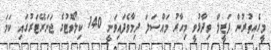
މީގެއިތުރުން ފަޒީލް ވިދާޅުވީ މިހާރު މައްސަލަ ދިމާވެފައިވަނީ 140 ކިލޯވޮޓުގެ ޖަނަރޭޓަރުގައި ކަމަ